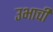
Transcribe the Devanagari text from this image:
उभाची